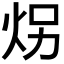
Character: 𪸝